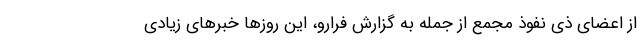
از اعضای ذی نفوذ مجمع از جمله به گزارش فرارو، این روز‌ها خبر‌های زیادی